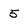
Character: 5